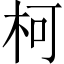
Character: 柯